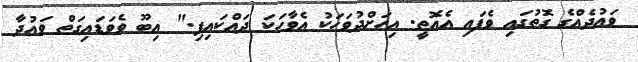
ވައުދެއްގެ ގޮތުގައި ވެފައި އެއޮތީ. އިހަށްދުވަހަކު އެވާހަކަ ދައްކައިފި." އިބޫ ވެވަޑައިގަތް ވައުދާ